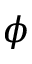
\phi